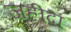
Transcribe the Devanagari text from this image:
जहीदा